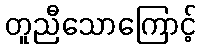
တူညီသောကြောင့်